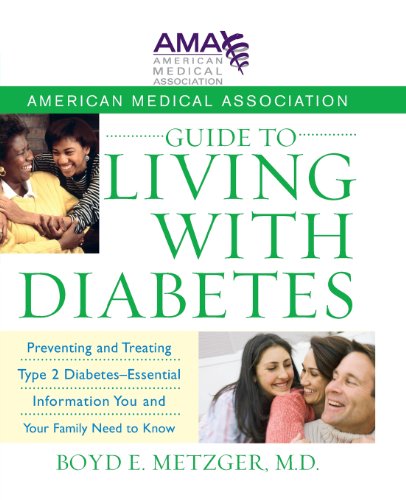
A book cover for American Medical Association Guide to Living with Diabetes: Preventing and Treating Type 2 Diabetes - Essential Information You and Your Family Need to Know; American Medical Association; Health, Fitness & Dieting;